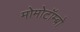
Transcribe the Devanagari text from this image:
मोमोटॉम्बो